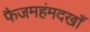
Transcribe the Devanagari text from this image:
फैजमहंमदखाँ